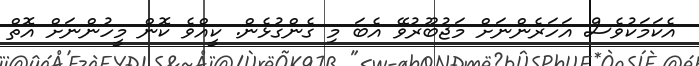
އެކަމަކުވެސް އަހަރެންނަށް މަޖުބޫރުވޭ އެބަ މި ގެންގުޅެން. ކީއްވެ ކޮން މީހުންނަށް އޮތް